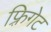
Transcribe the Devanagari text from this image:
फ़्रिगेट